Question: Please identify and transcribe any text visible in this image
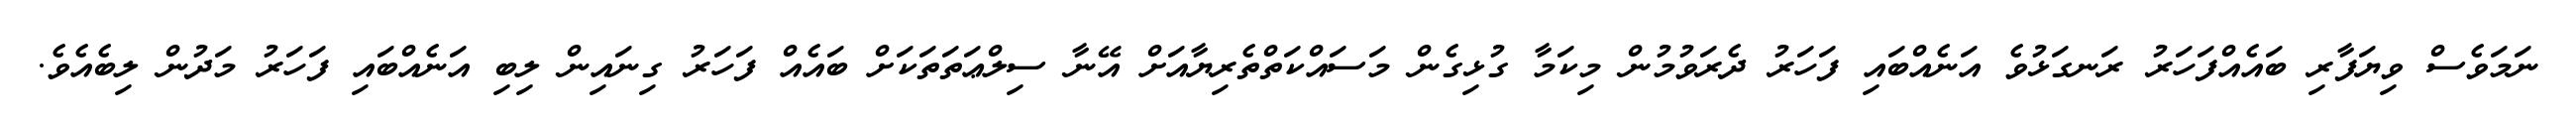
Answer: ނަމަވެސް ވިޔަފާރި ބައެއްފަހަރު ރަނގަޅުވެ އަނެއްބައި ފަހަރު ދެރަވުމުން މިކަމާ ގުޅިގެން މަސައްކަތްތެރިޔާއަށް އޭނާ ސިލްޢަތަތަކަށް ބައެއް ފަހަރު ގިނައިން ލިބި އަނެއްބައި ފަހަރު މަދުން ލިބެއެވެ.